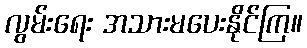
လွမ်းရေး အသားမပေးနိုင်ကြ။